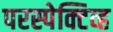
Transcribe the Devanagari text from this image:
परस्पेक्टिव्ह